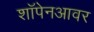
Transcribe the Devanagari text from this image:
शॉपेनआवर